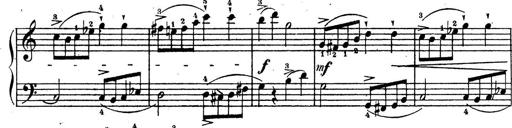
Title: 10 Sonatinas
Composer: Fritz Spindler